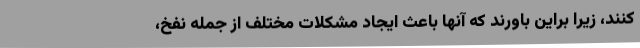
کنند، زیرا براین باورند که آنها باعث ایجاد مشکلات مختلف از جمله نفخ،